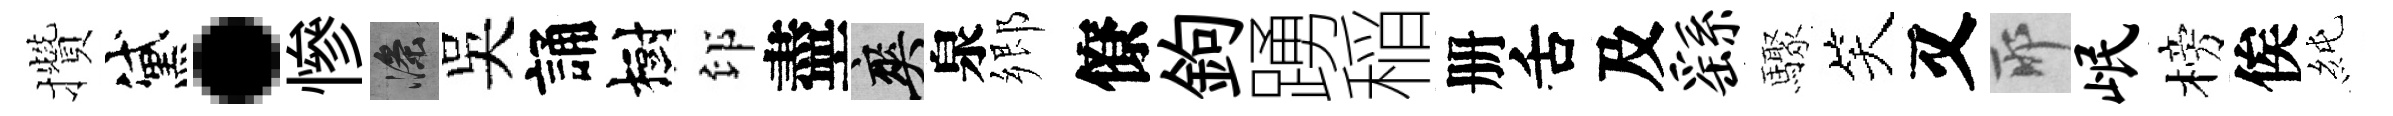
攢黛·慘滌吴誦樹印盡爽泉郷僚鉤踴稲册舌及繇驟笑又耶岷榜俟純